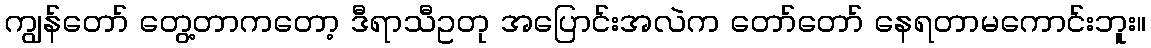
ကျွန်တော် တွေ့တာကတော့ ဒီရာသီဥတု အပြောင်းအလဲက တော်တော် နေရတာမကောင်းဘူး။